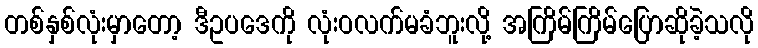
တစ်နှစ်လုံးမှာတော့ ဒီဥပဒေကို လုံးဝလက်မခံဘူးလို့ အကြိမ်ကြိမ်ပြောဆိုခဲ့သလို